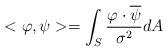
\begin{align*} <\varphi,\psi>= \int_S \frac{\varphi \cdot \overline{\psi}}{\sigma^2}dA\end{align*}